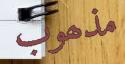
مذھوب